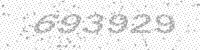
Solution: 693929